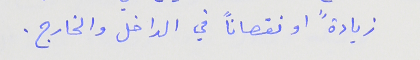
زيادةً او نقصاناً في الداخل والخارج.